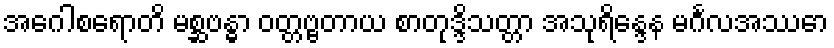
အဂေါစရောတိ မစ္ဆဗန္ဓာ ဝတ္တဗ္ဗတာယ စာတုဒ္ဒိသတ္တာ အသုရိန္ဒေန မင်္ဂလအဿော